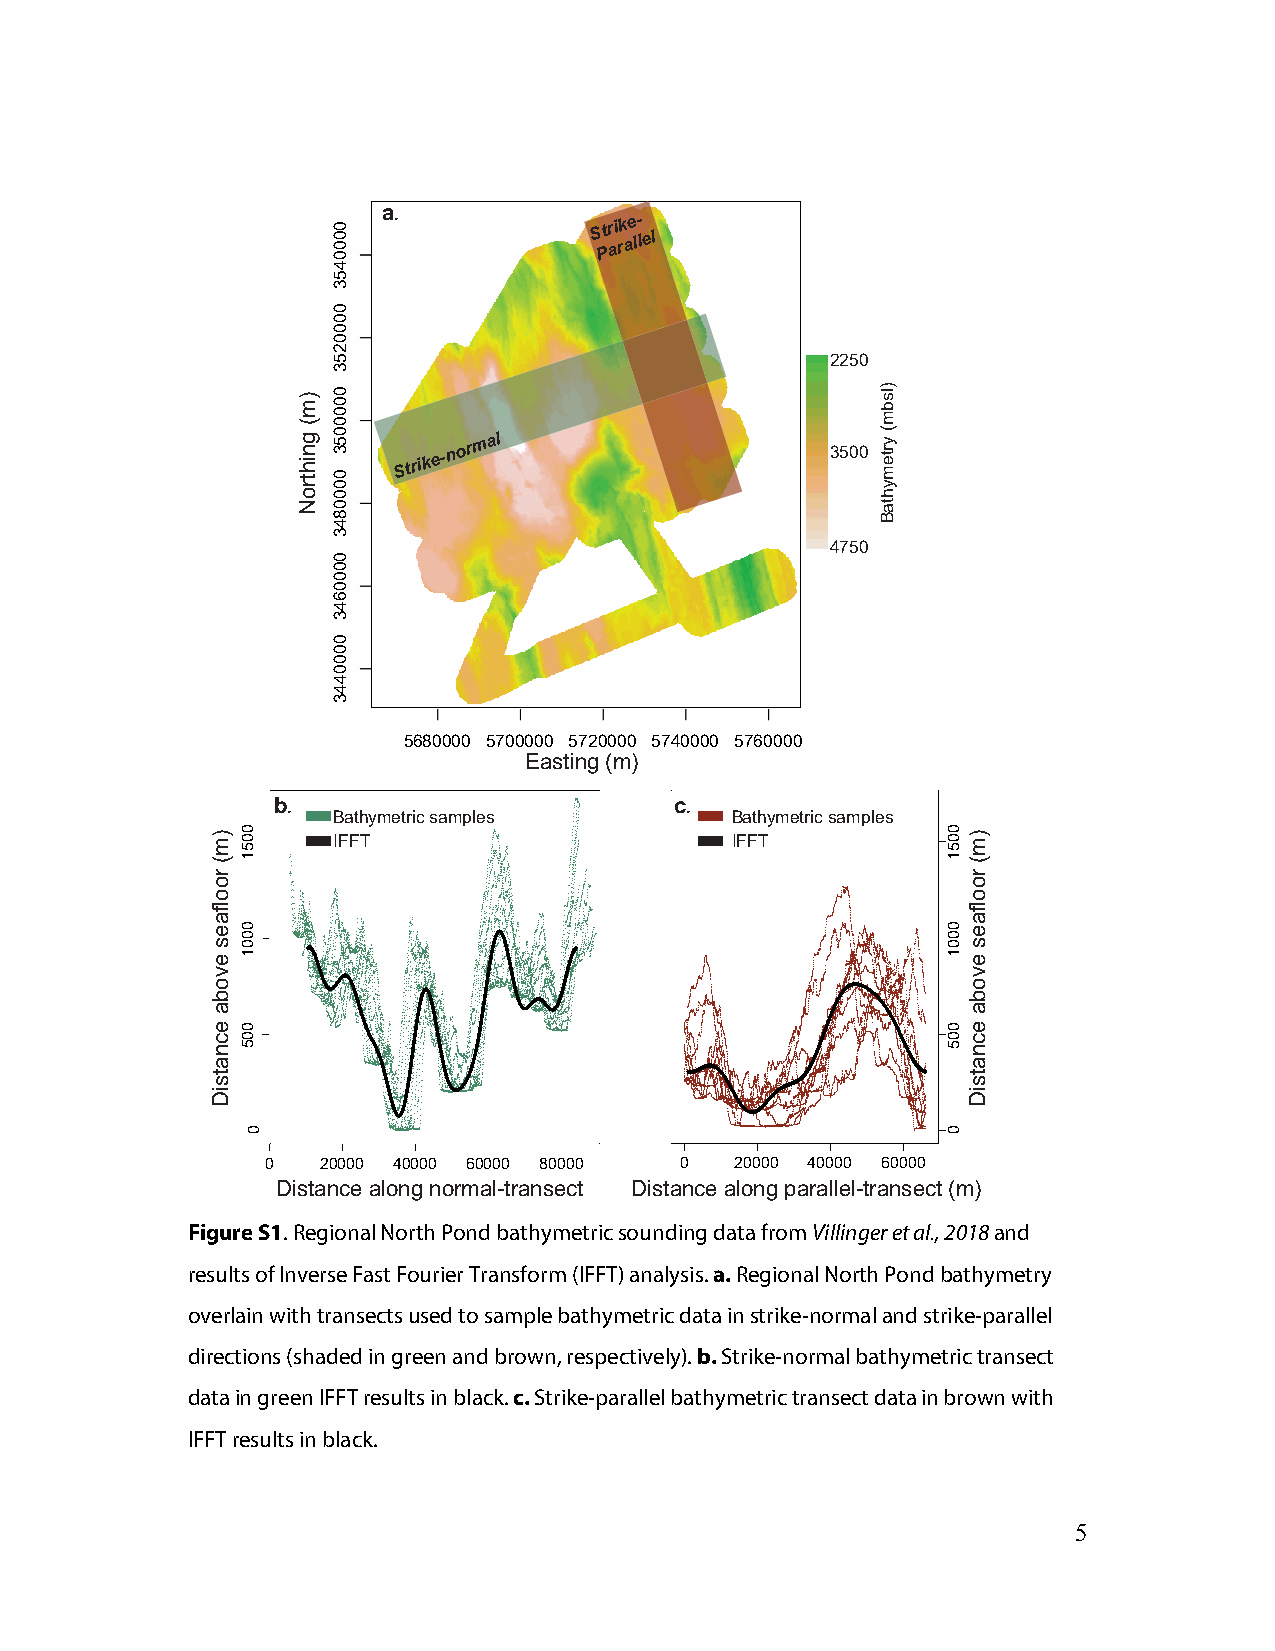
a.
 S Ptr ai rk ae l- lel
 2250
 Strike-normal
 3500
 4750
 5680000 5700000 5720000 5740000 5760000
 Easting (m)
 b.                         c.
 Bathymetric samples       Bathymetric samples
 IFFT                      IFFT
 0  20000 40000 60000 80000 0   20000 40000 60000
 Distance along normal-transect Distance along parallel-transect (m)
 Figure S1. Regional North Pond bathymetric sounding data from Villinger et al., 2018 and
 results of Inverse Fast Fourier Transform (IFFT) analysis. a. Regional North Pond bathymetry
 overlain with transects used to sample bathymetric data in strike-normal and strike-parallel
 directions (shaded in green and brown, respectively). b. Strike-normal bathymetric transect
 data in green IFFT results in black. c. Strike-parallel bathymetric transect data in brown with
 IFFT results in black.
 5
 )m(
 roolfaes
 evoba
 ecnatsiD
 0051
 0001
 005
 0
 )m(
 gnihtroN
 00000000445533
 00000000225533
 00000000005533
 00000000884433
 00000000664433
 00000000444433
 )lsbm(
 yrtemyhtaB
 0051
 0001
 005
 0
 )m(
 roolfaes
 evoba
 ecnatsiD